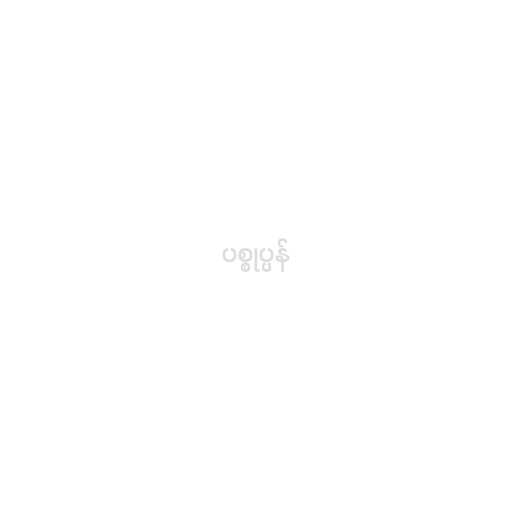
ပစ္စုပ္ပန်